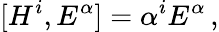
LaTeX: [H^{i},E^{\alpha}]=\alpha^{i}E^{\alpha}\, ,